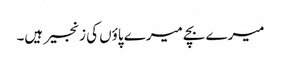
میرے بچے میرے پاؤں کی زنجیر ہیں۔